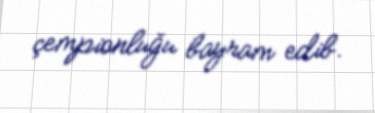
çempionluğu bayram edib.